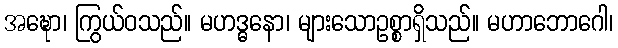
အဍ္ဎော၊ ကြွယ်ဝသည်။ မဟဒ္ဓနော၊ များသောဥစ္စာရှိသည်။ မဟာဘောဂေါ၊